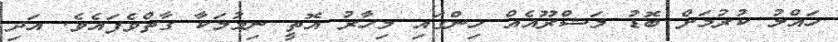
ހައްލު ކުރުމަށް ބޮޑު މަޝްރޫއެއް ހިންގައި މިހާރު އޮތީ ނިމުމަކާ ގާތްވެފައެވެ. އަދި